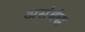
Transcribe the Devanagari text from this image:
असंबंद्ध